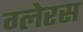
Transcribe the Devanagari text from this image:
ग्लेरस